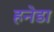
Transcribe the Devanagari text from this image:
हनेडा